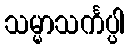
သမ္မာသင်္ကပ္ပါ